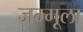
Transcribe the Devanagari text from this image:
जम्मूला